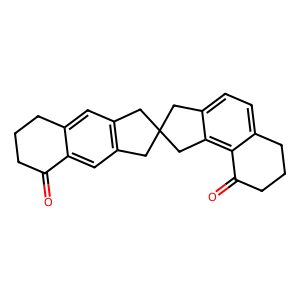
SMILES: O=C1CCCc2cc3c(cc21)CC1(C3)Cc2ccc3c(c2C1)C(=O)CCC3
Inhibits HIV replication: No